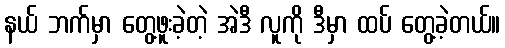
နယ် ဘက်မှာ တွေ့ဖူးခဲ့တဲ့ အဲဒီ လူကို ဒီမှာ ထပ် တွေ့ခဲ့တယ်။